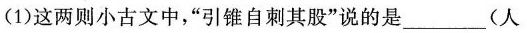
(1)这两则小古文中，”引锥自刺其股”说的是_________(人